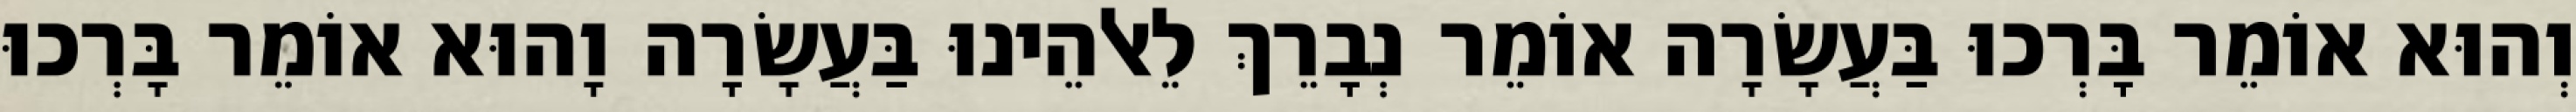
וְהוּא אוֹמֵר בָּרְכוּ בַּעֲשָׂרָה אוֹמֵר נְבָרֵךְ לֵאלֹהֵינוּ בַּעֲשָׂרָה וָהוּא אוֹמֵר בָּרְכוּ